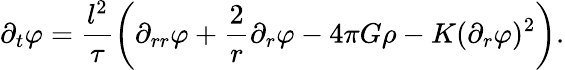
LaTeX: \partial_{t}\varphi=\frac{l^{2}}{\tau}\left(\partial_{rr}\varphi+\frac{2}{r}\partial_{r}\varphi-4\pi G\rho-K(\partial_{r}\varphi)^{2}\right).